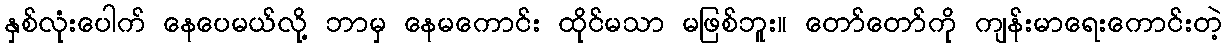
နှစ်လုံးပေါက် နေပေမယ်လို့ ဘာမှ နေမကောင်း ထိုင်မသာ မဖြစ်ဘူး။ တော်တော်ကို ကျန်းမာရေးကောင်းတဲ့